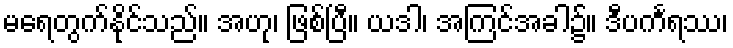
မရေတွက်နိုင်သည်။ အဟု၊ ဖြစ်ပြီ။ ယဒါ၊ အကြင်အခါ၌။ ဒီပင်္ကရဿ၊